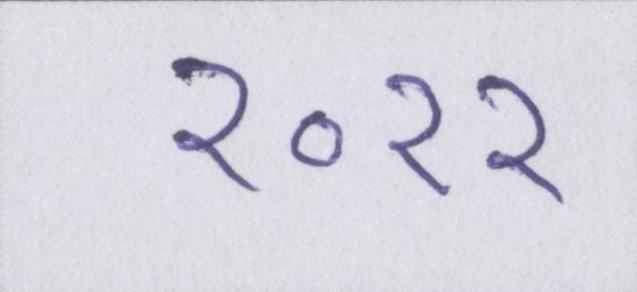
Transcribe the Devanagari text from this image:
२०११